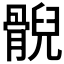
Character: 𩩢